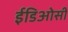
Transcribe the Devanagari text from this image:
ईडिओसी